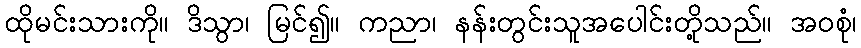
ထိုမင်းသားကို။ ဒိသွာ၊ မြင်၍။ ကညာ၊ နန်းတွင်းသူအပေါင်းတို့သည်။ အဝစုံ၊